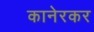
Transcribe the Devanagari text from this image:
कानेरकर